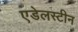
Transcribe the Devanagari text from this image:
एडेलस्टीन